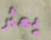
يعثر